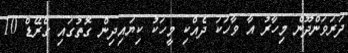
ދަރަވަންދޫން މިހާރު އާ ވާހަކަ ދެއްކި މީހަކު ކިޔައިދިން ގޮތުގައި ގްރޭޑް 10